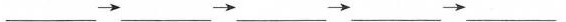
___ \rightarrow ___ \rightarrow ___ \rightarrow ___ \rightarrow ___